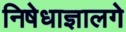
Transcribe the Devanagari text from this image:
निषेधाज्ञालगे